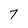
Character: 7